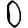
Digit: 0